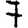
Digit: 7